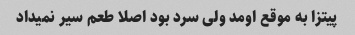
پیتزا به موقع اومد ولی سرد بود اصلا طعم سیر نمیداد